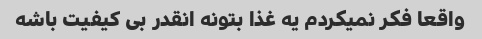
واقعا فکر نمیکردم یه غذا بتونه انقدر بی کیفیت باشه